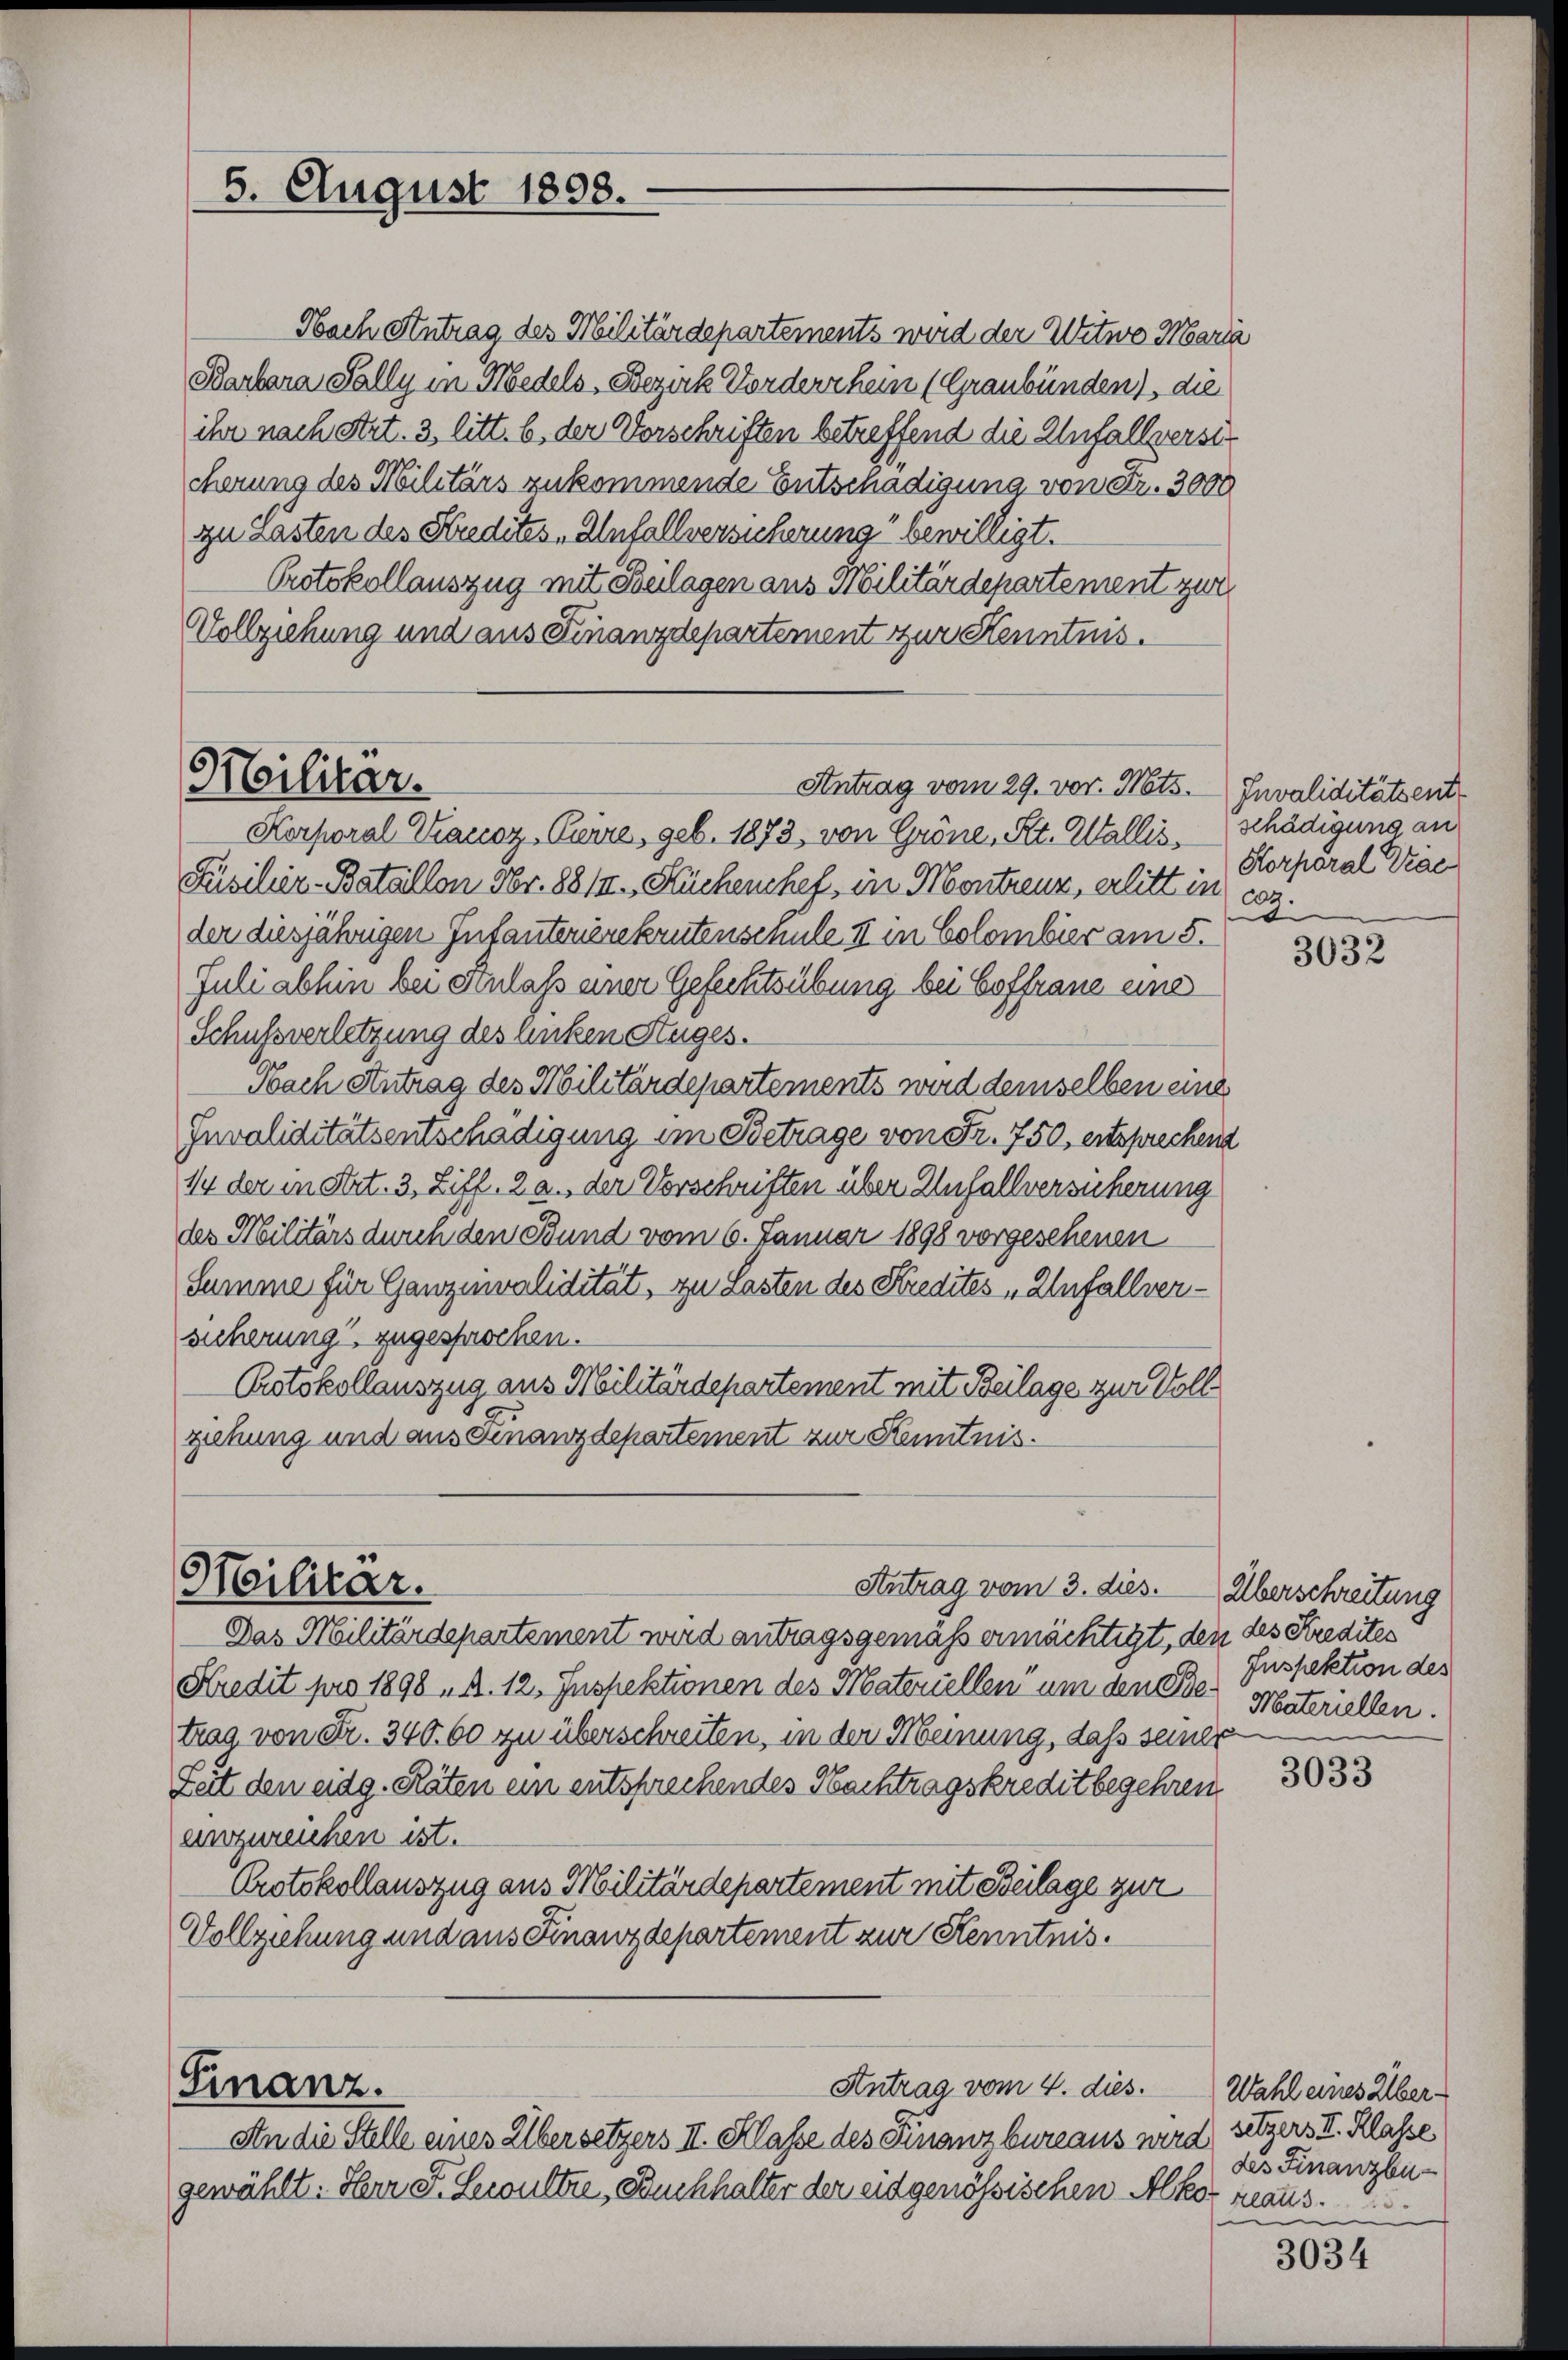
5. August 1898.

Militar.

Militär.

Finanz.

Barbara Fally in Medels, Bezirk Forderrhein (Graubünden), die
ihr nach Art. 3 litt. b. der Vorschriften betreffend die Anfallversit
cherung des Militärs zukommende Entschädigung von Fr. 3000
zu Lasten des Stredites, Anfallversicherung bewilligt.
Protokollauszug mit Szulagen aus Militärdepartement zur
Vollziehung und aus Finanzdepartement zur Kenntnis.
Korporal Kanoz, Curre, geb. 1873, von Gröne, St. Wallis, Schädigung an
Püsilier-Bataillon Nr. 88/II., Küchenchef, in Montreuz, erlitt in coz.
der diesjährigen Infanterierekrutenschule II in Colombier am 5.
Juli abhin bei Anlass einer Gefechtsübung bei Hoffrane eine
Schussverletzung des Anken Huges.
Obach Antrag des Militärdepartements wird demselben eine
Invaliditätsentschädigung im Betrage von Fr. 750, entsprechend
1/4 der in Art. 3, Ziff. 2 a., der Vorschriften über Unfallversicherung
des Militärs durch den Bund vom 6. Januar 1898 vorgesehenen
Summe für Ganzenvalidität, zu Lasten des Kredites „Unfallversicherung zugesprochen.
Protokollauszug aus Militärdepartement mit Beilage zur Vollziehung und aus Finanzdepartement zur Kenntnis.

Nach Antrag des Militärdepartements wird der Witwe Maria

Antrag vom 3. dies.

Antrag vom 4. dies.

Antrag vom 29. vor. Mts. Invaliditätsent

An die Stelle eines Übersetzers II. Klasse des Finanzbureaus wird
gewählt: Herr F. Lewultze, Buchhalter der eidgenössischen Alter reaus.

Das Militärdepartement wird antragsgemäss ermächtigt, den des Kredites
Fredit pro 1898 „ A. 12, Inspektionen des Materiellen um den Oser Materiellen.
trag von Fr. 340. 60 zu überschreiten, in der Meinung, daß seiner
Zeit den eidg. Räten ein entsprechendes Nachtragskreditbegehren
einzureichen ist.
Protokollauszug aus Militärdepartement mit Beilage zur
Vollziehung und aus Finanzdepartement zur Kenntnis.

Horporal Trac

3032

Überschreitung
Inspektion des

3033

Wahl eines Übersitzers II. Klasse
des Finanzbu¬

3034